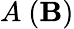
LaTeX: A~(\mathbf{B})